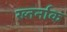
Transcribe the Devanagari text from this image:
ख्तर्नाक